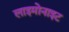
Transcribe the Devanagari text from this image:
लाइमोनाइट